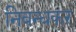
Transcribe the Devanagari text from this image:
निबन्धकर